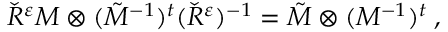
\check { R } ^ { \varepsilon } M \otimes ( \tilde { M } ^ { - 1 } ) ^ { t } ( \check { R } ^ { \varepsilon } ) ^ { - 1 } = \tilde { M } \otimes ( M ^ { - 1 } ) ^ { t } \; ,